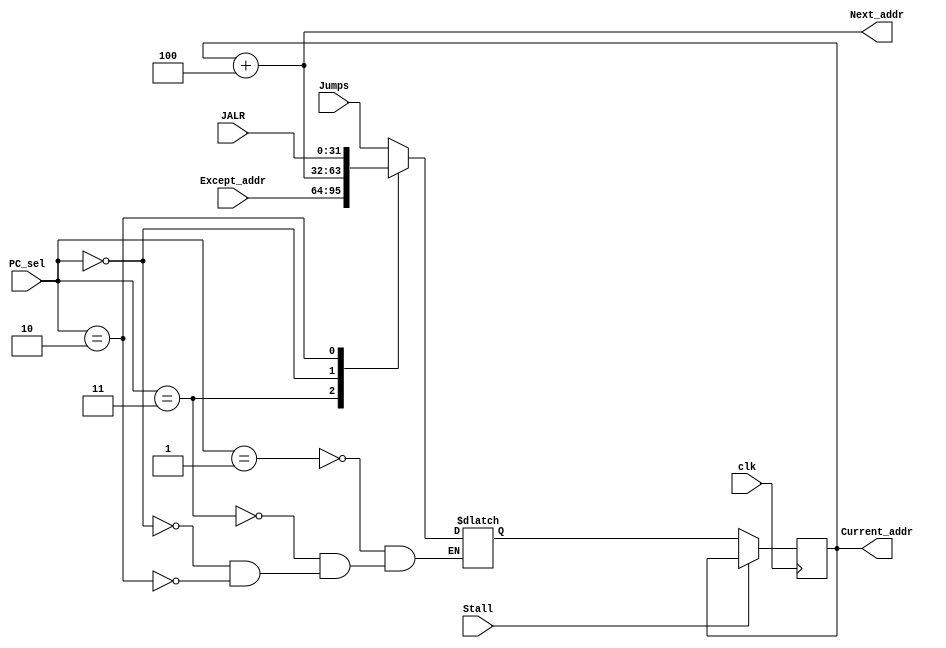
/* Generated by Yosys 0.9+3624 (git sha1 UNKNOWN, clang 7.0.1-8+deb10u2 -fPIC -Os) */

module ProgramCounter(clk, Jumps, Except_addr, JALR, PC_sel, Stall, Current_addr, Next_addr);
  wire _0_;
  wire [31:0] _1_;
  wire _2_;
  wire _3_;
  wire _4_;
  wire _5_;
  output [31:0] Current_addr;
  input [31:0] Except_addr;
  input [31:0] JALR;
  input [31:0] Jumps;
  output [31:0] Next_addr;
  input [1:0] PC_sel;
  input Stall;
  input clk;
  wire [31:0] next_instruction;
  reg [31:0] pc = 32'd64;
  wire [31:0] pc_mux;
  assign _1_ = _0_ ? pc_mux : pc;
  always @(posedge clk)
    pc <= _1_;
  assign _2_ = PC_sel == 2'h1;
  assign _3_ = PC_sel == 2'h3;
  assign _4_ = PC_sel == 2'h0;
  assign _5_ = PC_sel == 2'h2;
  function [31:0] \22 ;
    input [31:0] a;
    input [127:0] b;
    input [3:0] s;
    (* parallel_case *)
    casez (s)
      4'b???1:
        \22  = b[31:0];
      4'b??1?:
        \22  = b[63:32];
      4'b?1??:
        \22  = b[95:64];
      4'b1???:
        \22  = b[127:96];
      default:
        \22  = a;
    endcase
  endfunction
  assign pc_mux = \22 (pc_mux, { JALR, next_instruction, Except_addr, Jumps }, { _5_, _4_, _3_, _2_ });
  assign next_instruction = pc + 32'd4;
  assign _0_ = Stall != 1'h1;
  assign Current_addr = pc;
  assign Next_addr = next_instruction;
endmodule